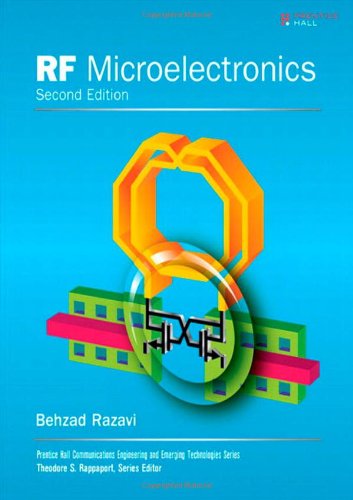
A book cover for RF Microelectronics (2nd Edition) (Prentice Hall Communications Engineering and Emerging Technologies Series from Ted Rappaport); Behzad Razavi; Engineering & Transportation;